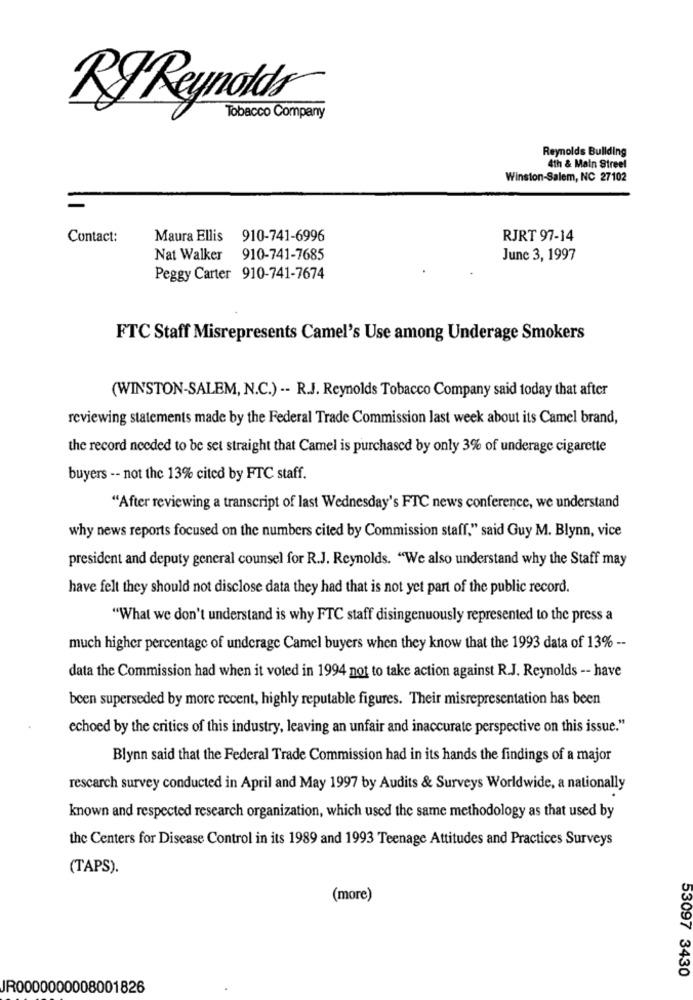
RYReynolds
Tobacco Company
Reynolds Buliding
4th & Main Streel
Winston-Salem, NC 27102
Contact:
Maura Ellis 910-741-6996
RJRT 97-14
Nat Walker 910-741-7685
June 3, 1997
Peggy Carter 910-741-7674
FTC Staff Misrepresents Camel's Use among Underage Smokers
(WINSTON-SALEM, N.C.) -- R.J. Reynolds Tobacco Company said today that after
reviewing statements made by the Federal Trade Commission last week about its Camel brand,
the record needed to be set straight that Camel is purchased by only 3% of underage cigarette
buyers -- not the 13% cited by FTC staff.
"After reviewing a transcript of last Wednesday's FTC news conference, we understand
why news reports focused on the numbers cited by Commission staff," said Guy M. Blynn, vice
president and deputy general counsel for R.J. Reynolds. "We also understand why the Staff may
have felt they should not disclose data they had that is not yet part of the public record.
"What we don't understand is why FTC staff disingenuously represented to the press a
much higher percentage of underage Camel buyers when they know that the 1993 data of 13% --
data the Commission had when it voted in 1994 not to take action against R.J. Reynolds -- have
been superseded by more recent, highly reputable figures. Their misrepresentation has been
echoed by the critics of this industry, leaving an unfair and inaccurate perspective on this issue."
Blynn said that the Federal Trade Commission had in its hands the findings of a major
rescarch survey conducted in April and May 1997 by Audits & Surveys Worldwide, a nationally
known and respected research organization, which used the same methodology as that used by
the Centers for Disease Control in its 1989 and 1993 Teenage Attitudes and Practices Surveys
(TAPS).
(more)
53097 3430
JR0000000008001826